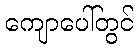
ကျောပေါ်တွင်